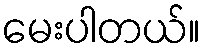
မေးပါတယ်။